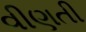
વીણતી